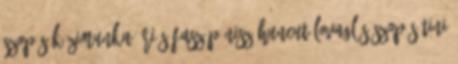
szopás kézimunka óriás fasz pénisz huncut lovaglás szopás tini